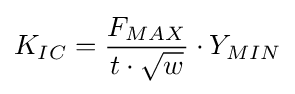
K_{IC}={\frac {F_{MAX}}{t\cdot {\sqrt {w}}}}\cdot Y_{MIN}